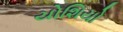
યોશિયો